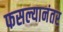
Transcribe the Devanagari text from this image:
फसल्यानंतर